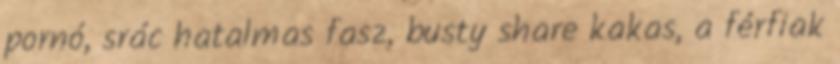
pornó, srác hatalmas fasz, busty share kakas, a férfiak